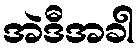
အဲဒီအခါ